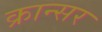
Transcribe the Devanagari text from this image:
क्रान्सर